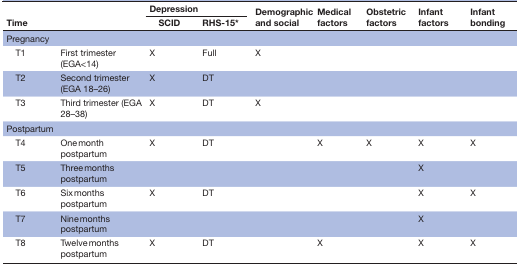
<table><thead><tr><td rowspan="2" colspan="2"><b>Time</b></td><td colspan="2"><b>Depression</b></td><td rowspan="2"><b>Demographic and social</b></td><td rowspan="2"><b>Medical factors</b></td><td rowspan="2"><b>Obstetric factors</b></td><td rowspan="2"><b>Infant factors</b></td><td rowspan="2"><b>Infant bonding</b></td></tr><tr><td><b> SCID</b></td><td><b>RHS-15*</b></td></tr></thead><tbody><tr><td colspan="9">Pregnancy</td></tr><tr><td> T1</td><td>First trimester (EGA&lt;14)</td><td>X</td><td>Full</td><td>X</td><td></td><td></td><td></td><td></td></tr><tr><td> T2</td><td>Second trimester (EGA 18–26)</td><td>X</td><td>DT</td><td></td><td></td><td></td><td></td><td></td></tr><tr><td> T3</td><td>Third trimester (EGA 28–38)</td><td>X</td><td>DT</td><td>X</td><td></td><td></td><td></td><td></td></tr><tr><td colspan="9">Postpartum</td></tr><tr><td> T4</td><td>One month postpartum</td><td>X</td><td>DT</td><td></td><td>X</td><td>X</td><td>X</td><td>X</td></tr><tr><td> T5</td><td>Three months postpartum</td><td></td><td></td><td></td><td></td><td></td><td>X</td><td></td></tr><tr><td> T6</td><td>Six months postpartum</td><td>X</td><td>DT</td><td></td><td></td><td></td><td>X</td><td>X</td></tr><tr><td> T7</td><td>Nine months postpartum</td><td></td><td></td><td></td><td></td><td></td><td>X</td><td></td></tr><tr><td> T8</td><td>Twelve months postpartum</td><td>X</td><td>DT</td><td></td><td>X</td><td></td><td>X</td><td>X</td></tr></tbody></table>